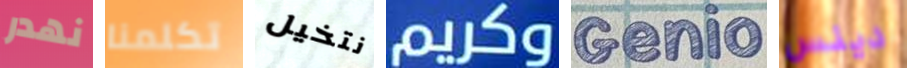
نهدر تكلمنا نتخيل وكريم Genio دينس